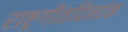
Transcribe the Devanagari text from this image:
राष्ट्रगीतदिनांक